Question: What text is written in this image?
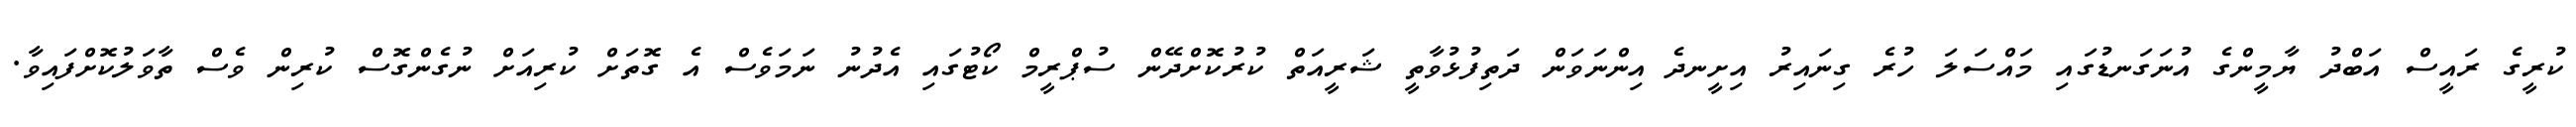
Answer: ކުރީގެ ރައީސް އަބްދު ޔާމީންގެ އުނަގަނޑުގައި މައްސަލަ ހުރެ ގިނައިރު އިށީނދެ އިންނަވަން ދަތިފުޅުވާތީ ޝަރީއަތް ކުރުކޮށްދޭން ސުޕްރީމް ކޯޓުގައި އެދުނު ނަމަވެސް އެ ގޮތަށް ކުރިއަށް ނުގެންގޮސް ކުރިން ވެސް ތާވަލުކޮށްފައިވާ.